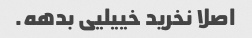
اصلا نخرید خییلیی بدهه.